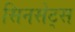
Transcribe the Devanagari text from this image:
सिनसेट्स